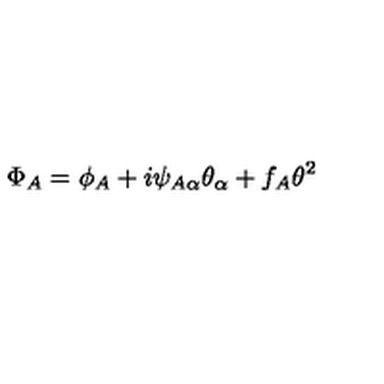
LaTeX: \Phi _ { A } = \phi _ { A } + i \psi _ { A \alpha } \theta _ { \alpha } + f _ { A } \theta ^ { 2 }